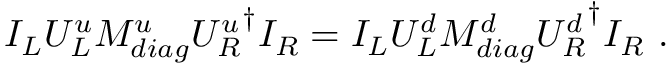
I _ { L } U _ { L } ^ { u } { \cal M } _ { d i a g } ^ { u } { U _ { R } ^ { u } } ^ { \dagger } I _ { R } = I _ { L } U _ { L } ^ { d } { \cal M } _ { d i a g } ^ { d } { U _ { R } ^ { d } } ^ { \dagger } I _ { R } ~ .